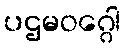
ပဌမဝဂ္ဂေါ